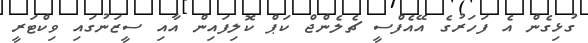
ގުޅިގެން އެ ފަހަރުގެ އޭއެފްސީ ޗެލެންޖް ކަޕް ކޮލިފައިން އާއި ސީޒަނުގައި ވިކްޓަރީ